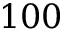
1 0 0